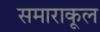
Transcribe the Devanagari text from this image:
समाराकूल